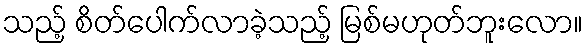
သည့် စိတ်ပေါက်လာခဲ့သည့် မြစ်မဟုတ်ဘူးလော။